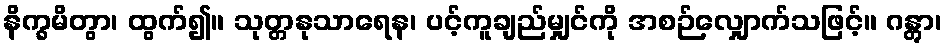
နိက္ခမိတွာ၊ ထွက်၍။ သုတ္တနုသာရေန၊ ပင့်ကူချည်မျှင်ကို အစဉ်လျှောက်သဖြင့်။ ဂန္တွာ၊